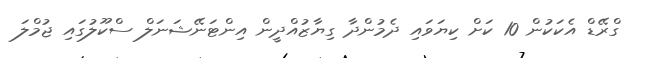
ގްރޭޑް އެކަކުން 10 ކަށް ކިޔަވައި ދެމުންދާ ގިޔާޒުއްދީން އިންޓަނޭޝަނަލް ސްކޫލުގައި ޖުމްލަ